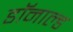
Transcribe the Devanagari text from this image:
डाॅनाल्ड